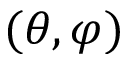
( \theta , \varphi )